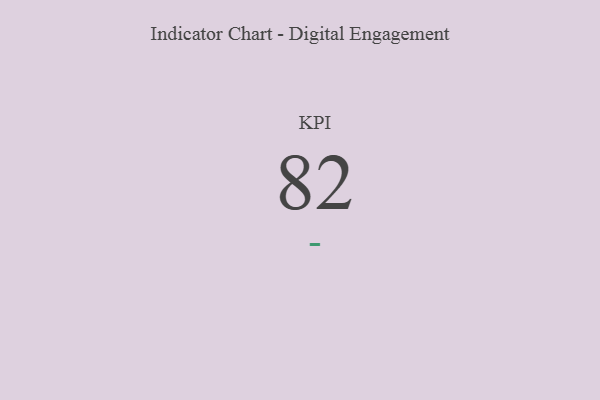
{"axis": {"x": "KPI", "y": "Value"}, "legend": [""], "data": [{"x": "KPI", "y": 82, "type": ""}]}